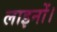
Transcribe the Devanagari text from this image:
लाइनों।